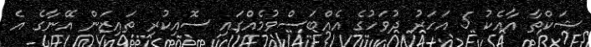
ޝަކްތާ އާއެކު 5 އަހަރު ދުވަހުގެ އެއްބަސްވުމެއްގައި ސޮއިކުރި ތައިޒަން އޭނާގެ އެ